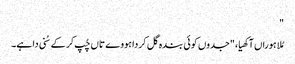
"
مُلا ہوراں آکھیا، "جدوں کوئی بندہ گل کردا ہووے تاں چُپ کر کے سُنی دا ہے۔